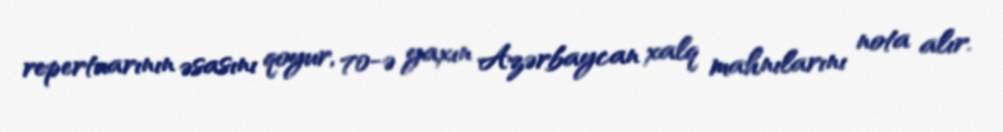
repertuarının əsasını qoyur, 70-ə yaxın Azərbaycan xalq mahnılarını nota alır.